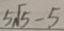
5 \sqrt { 5 } - 5